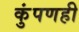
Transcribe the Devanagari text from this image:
कुंपणही